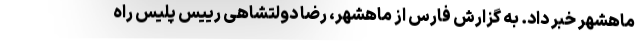
ماهشهر خبر داد. به گزارش فارس از ماهشهر، رضا دولتشاهی رییس پلیس راه